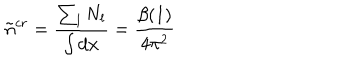
\tilde { n } ^ { c r } = \frac { \sum _ { l } N _ { l } } { \int d { \bf x } } = \frac { \beta ( 1 ) } { 4 \pi ^ { 2 } }